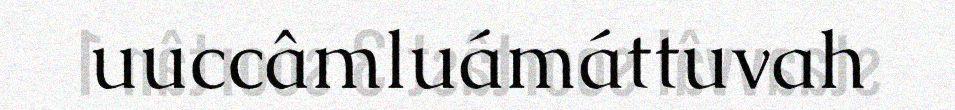
uuccâmluámáttuvah